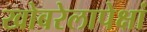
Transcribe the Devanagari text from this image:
खोबरेलापेक्षां